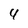
Character: 4